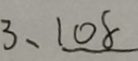
3 、 1 0 8